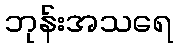
ဘုန်းအသရေ